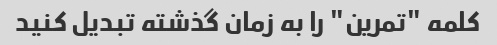
کلمه "تمرین" را به زمان گذشته تبدیل کنید